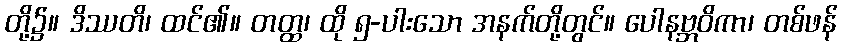
တို့၌။ ဒိဿတိ၊ ထင်၏။ တတ္ထ၊ ထို ၅-ပါးသော အနက်တို့တွင်။ ပေါနဗ္ဘဝိကာ၊ တစ်ဖန်